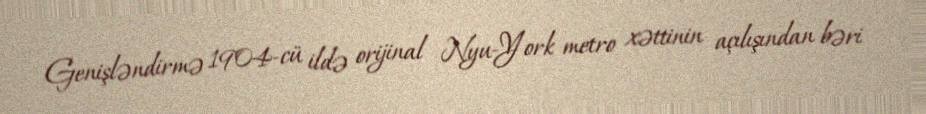
Genişləndirmə 1904-cü ildə orijinal Nyu-York metro xəttinin açılışından bəri